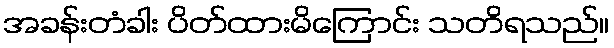
အခန်းတံခါး ပိတ်ထားမိကြောင်း သတိရသည်။